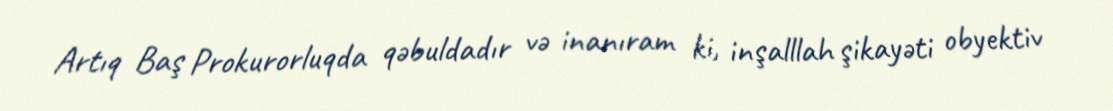
Artıq Baş Prokurorluqda qəbuldadır və inanıram ki, inşalllah şikayəti obyektiv